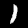
Label: 1